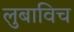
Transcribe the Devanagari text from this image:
लुबाविच